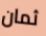
ثمان